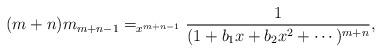
LaTeX: \begin{align*}(m+n)m_{m+n-1} = _{x^{m+n-1}} \dfrac{1}{(1+b_1x+b_2x^2+\cdots)^{m+n}},\end{align*}